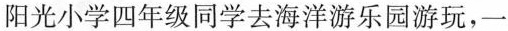
阳光小学四年级同学去海洋游乐园游玩，一